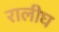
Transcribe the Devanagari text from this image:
रालीघ